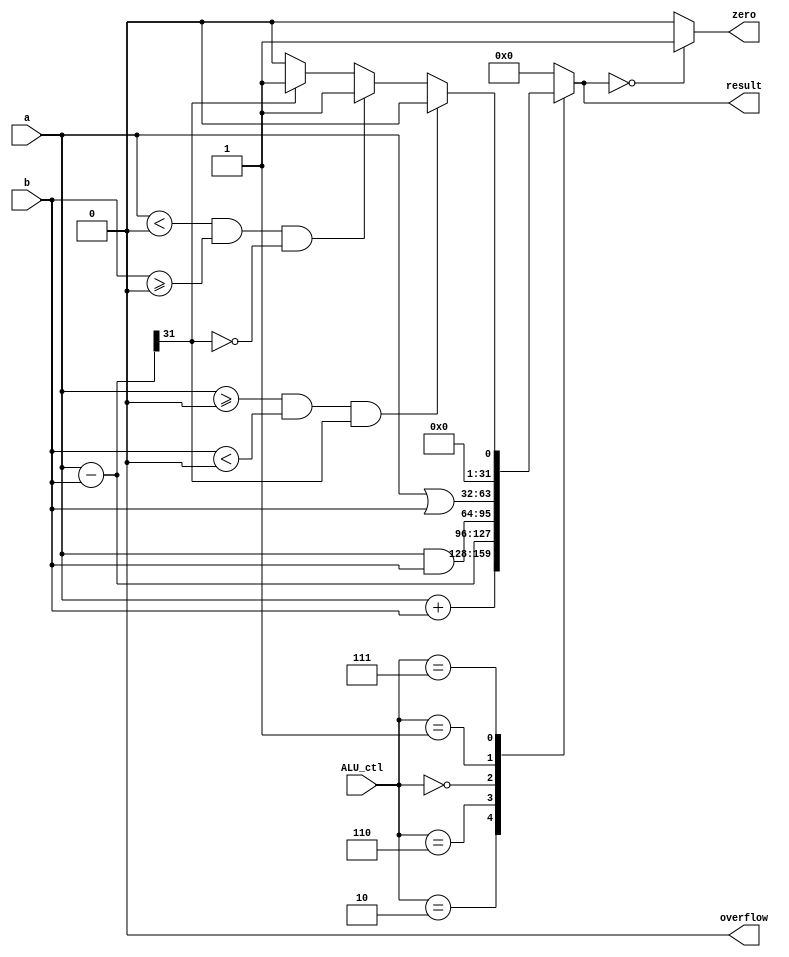
`timescale 1ns / 1ps
// <110550143>

module alu (
    input  [31:0] a,        // 32 bits, source 1 (A)
    input  [31:0] b,        // 32 bits, source 2 (B)
    input  [ 3:0] ALU_ctl,  // 4 bits, ALU control input
    output [31:0] result,   // 32 bits, result
    output        zero,     // 1 bit, set to 1 when the output is 0
    output        overflow  // 1 bit, overflow
);

    assign overflow = 0;
    reg [32-1:0] result1;
    reg overflow1 = 0;
    assign result = result1;
    assign overflow = overflow1;
    assign zero = (result == 0) ? 1 : 0;//zero is 1 if result is 0

    always@(*) begin
        //$display("alusrc1: %d alusrc2: %d ALU_operation_i:%b",aluSrc1, aluSrc2, ALU_operation_i);
      case(ALU_ctl)
            4'b0010: begin //add
                result1 = a + b;
                    if(a >= 0 && b >= 0 && result1[31] == 1)//p + p = n
                      overflow1 = 1;
                    else if(a < 0 && b < 0 && result1[31] == 0)//n + n = p
                      overflow1 = 1;
                end
            4'b0110:begin //sub
                result1 = a - b;
                if(a >= 0 && b < 0 && result1[31] == 1)//p - n = n
                    overflow1 = 1;
                else if(a < 0 && b >= 0 && result1[31] == 0)//n - p = p
                    overflow1 = 1;
            end
            4'b0000: result1 = a & b;//and
            4'b0001: result1 = a | b;//or
            4'b0111: begin
                result1 = a - b; //slt
                if(a >= 0 && b < 0 && result1[31] == 1)//p - n = n
                    result1 = 0;
                else if(a < 0 && b >= 0 && result1[31] == 0)//n - p = p
                    result1 = 1;
                else if(result1[31] == 1) result1 = 1;
                else result1 = 0;
            end
            default: result1 = 0;
          endcase
    end
    

endmodule